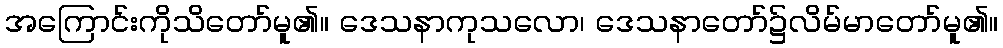
အကြောင်းကိုသိတော်မူ၏။ ဒေသနာကုသလော၊ ဒေသနာတော်၌လိမ်မာတော်မူ၏။